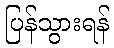
ပြန်သွားရန်